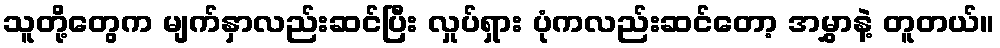
သူတို့တွေက မျက်နှာလည်းဆင်ပြီး လှုပ်ရှား ပုံကလည်းဆင်တော့ အမွှာနဲ့ တူတယ်။